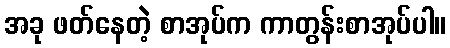
အခု ဖတ်နေတဲ့ စာအုပ်က ကာတွန်းစာအုပ်ပါ။